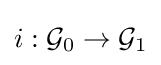
i:{\mathcal {G}}_{0}\to {\mathcal {G}}_{1}